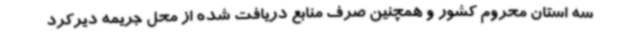
سه استان محروم کشور و همچنین صرف منابع دریافت شده از محل جریمه دیرکرد